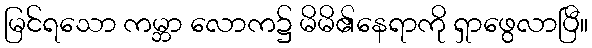
မြင်ရသော ကမ္ဘာ လောက၌ မိမိ၏နေရာကို ရှာဖွေလာပြီ။